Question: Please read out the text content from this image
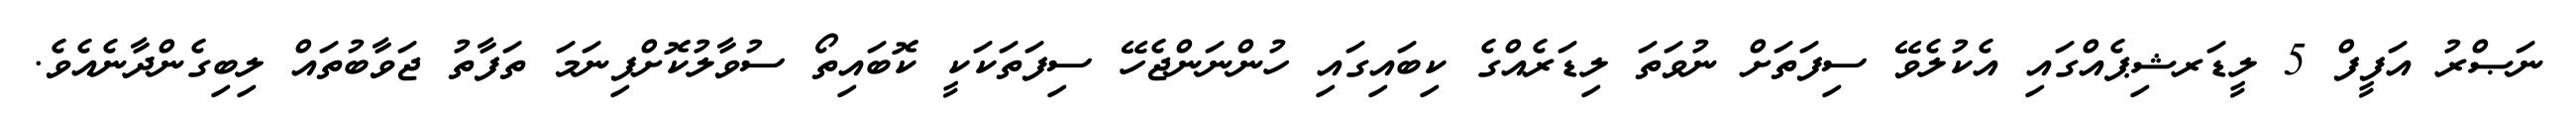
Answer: ނަޞްރު އަފީފް 5 ލީޑަރޝިޕެއްގައި އެކުލެވޭ ސިފަތަށް ނުވަތަ ލިޑަރެއްގެ ކިބައިގައި ހުންނަންޖެހޭ ސިފަތަކަކީ ކޮބައިތޯ ސުވާލުކޮށްފިނަމަ ތަފާތު ޖަވާބުތައް ލިބިގެންދާނެއެވެ.